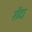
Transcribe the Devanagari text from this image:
रोंदा